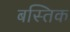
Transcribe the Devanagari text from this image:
बस्तिक